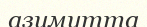
азимутта